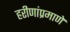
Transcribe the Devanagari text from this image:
हरीणांप्रमाणे